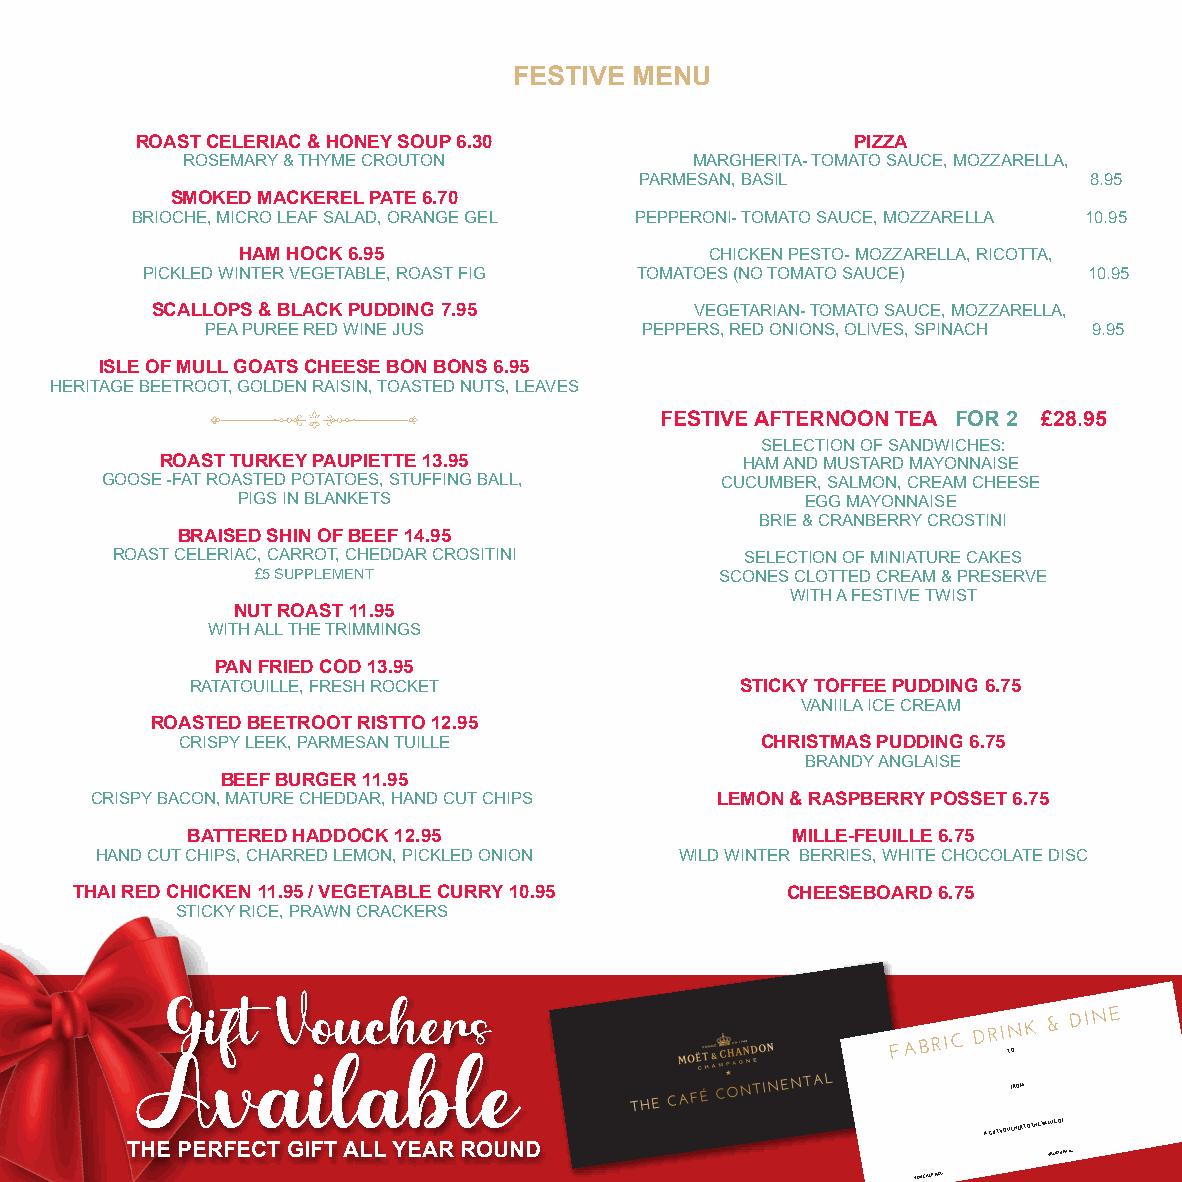
FESTIVE MENU
 ROAST CELERIAC & HONEY SOUP 6.30               PIZZA
 ROSEMARY & THYME CROUTON          MARGHERITA- TOMATO SAUCE, MOZZARELLA,
 PARMESAN, BASIL               8.95
 SMOKED MACKEREL PATE 6.70
 BRIOCHE, MICRO LEAF SALAD, ORANGE GEL PEPPERONI- TOMATO SAUCE, MOZZARELLA 10.95
 HAM HOCK 6.95                  CHICKEN PESTO- MOZZARELLA, RICOTTA,
 PICKLED WINTER VEGETABLE, ROAST FIG TOMATOES (NO TOMATO SAUCE) 10.95
 SCALLOPS & BLACK PUDDING 7.95       VEGETARIAN- TOMATO SAUCE, MOZZARELLA,
 PEA PUREE RED WINE JUS      PEPPERS, RED ONIONS, OLIVES, SPINACH 9.95
 ISLE OF MULL GOATS CHEESE BON BONS 6.95
 HERITAGE BEETROOT, GOLDEN RAISIN, TOASTED NUTS, LEAVES
 FESTIVE AFTERNOON TEA FOR 2 £28.95
 SELECTION OF SANDWICHES:
 ROAST TURKEY PAUPIETTE 13.95          HAM AND MUSTARD MAYONNAISE
 GOOSE -FAT ROASTED POTATOES, STUFFING BALL, CUCUMBER, SALMON, CREAM CHEESE
 PIGS IN BLANKETS                     EGG MAYONNAISE
 BRIE & CRANBERRY CROSTINI
 BRAISED SHIN OF BEEF 14.95
 ROAST CELERIAC, CARROT, CHEDDAR CROSITINI SELECTION OF MINIATURE CAKES
 £5 SUPPLEMENT                  SCONES CLOTTED CREAM & PRESERVE
 WITH A FESTIVE TWIST
 NUT ROAST 11.95
 WITH ALL THE TRIMMINGS
 PAN FRIED COD 13.95
 RATATOUILLE, FRESH ROCKET           STICKY TOFFEE PUDDING 6.75
 VANIILA ICE CREAM
 ROASTED BEETROOT RISTTO 12.95
 CRISPY LEEK, PARMESAN TUILLE          CHRISTMAS PUDDING 6.75
 BRANDY ANGLAISE
 BEEF BURGER 11.95
 CRISPY BACON, MATURE CHEDDAR, HAND CUT CHIPS LEMON & RASPBERRY POSSET 6.75
 BATTERED HADDOCK 12.95                  MILLE-FEUILLE 6.75
 HAND CUT CHIPS, CHARRED LEMON, PICKLED ONION WILD WINTER BERRIES, WHITE CHOCOLATE DISC
 THAI RED CHICKEN 11.95 / VEGETABLE CURRY 10.95 CHEESEBOARD 6.75
 STICKY RICE, PRAWN CRACKERS
 Gift   Vouchers
 TTOO
 Available
 FROM
 A GIFT VOUCHER TO THE VALUE OF
 THE PERFECT GIFT ALL YEAR ROUND                              VALID UNTIL:
 VOUCHER NO.: